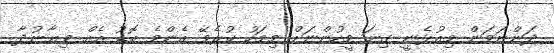
ދަންނަވަން މިއުޅެނީ ގިނަ މީހުންނަށް މިމަހު ކުރެވޭ އެންމެ ބޮޑު އެއް ވިޔާނުދާ